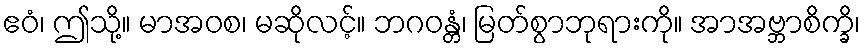
ဧဝံ၊ ဤသို့။ မာအဝစ၊ မဆိုလင့်။ ဘဂဝန္တံ၊ မြတ်စွာဘုရားကို။ အာအဗ္ဘာစိက္ခိ၊